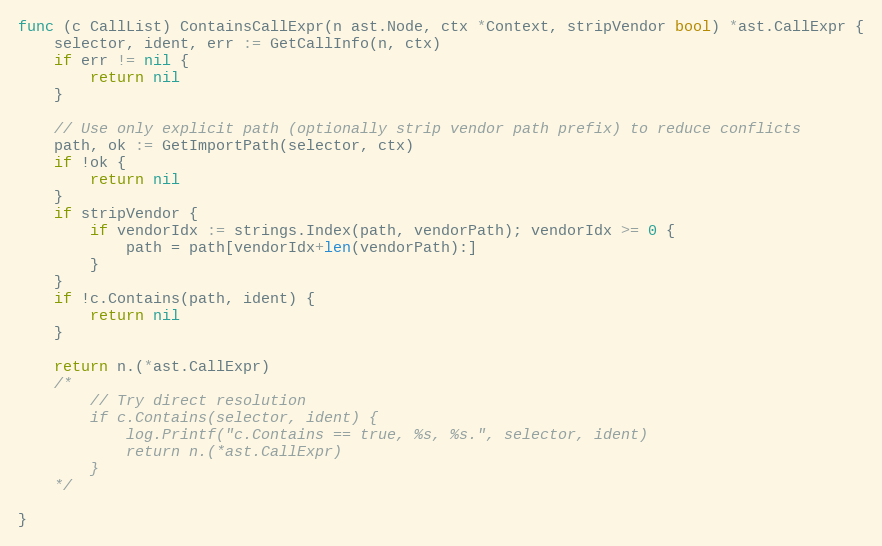
Language: Go
func (c CallList) ContainsCallExpr(n ast.Node, ctx *Context, stripVendor bool) *ast.CallExpr {
	selector, ident, err := GetCallInfo(n, ctx)
	if err != nil {
		return nil
	}

	// Use only explicit path (optionally strip vendor path prefix) to reduce conflicts
	path, ok := GetImportPath(selector, ctx)
	if !ok {
		return nil
	}
	if stripVendor {
		if vendorIdx := strings.Index(path, vendorPath); vendorIdx >= 0 {
			path = path[vendorIdx+len(vendorPath):]
		}
	}
	if !c.Contains(path, ident) {
		return nil
	}

	return n.(*ast.CallExpr)
	/*
		// Try direct resolution
		if c.Contains(selector, ident) {
			log.Printf("c.Contains == true, %s, %s.", selector, ident)
			return n.(*ast.CallExpr)
		}
	*/

}